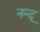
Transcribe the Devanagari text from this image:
नन्द्